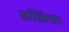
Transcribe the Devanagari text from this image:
अस्तिफा